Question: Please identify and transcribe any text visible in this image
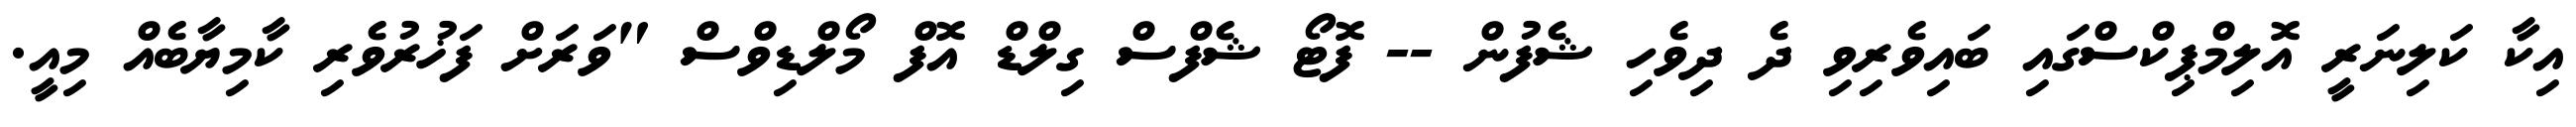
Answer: އިކާ ކަލިނަރީ އޮލިމްޕިކްސްގައި ބައިވެރިވި ދެ ދިވެހި ޝެފުން -- ފޮޓޯ ޝެފްސް ގިލްޑް އޮފް މޯލްޑިވްސް "ވަރަށް ފަޚުރުވެރި ކާމިޔާބެއް މިއީ.